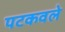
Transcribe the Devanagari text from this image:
पटकवले